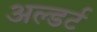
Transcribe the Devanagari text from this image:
अल्डर्ट